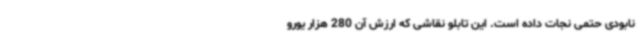
نابودی حتمی نجات داده است. این تابلو نقاشی که ارزش آن 280 هزار یورو